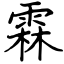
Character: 霖